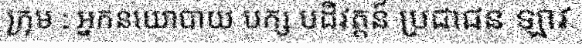
ក្រុម : អ្នកនយោបាយ បក្ស បដិវត្តន៍ ប្រជាជន ឡាវ